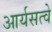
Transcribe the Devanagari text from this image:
आर्यसत्वे